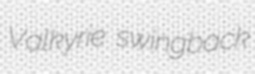
Valkyrie swingback